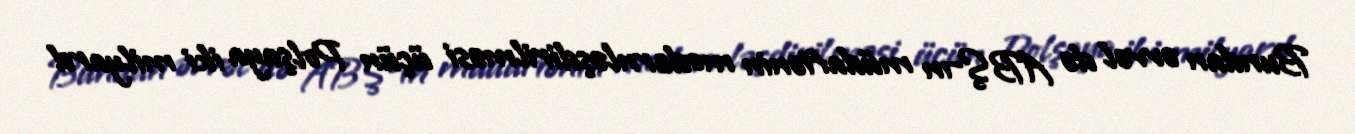
Bundan əvvəl də ABŞ-ın müdafiənin modernləşdirilməsi üçün Polşaya iki milyard